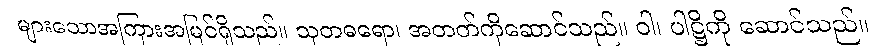
များသောအကြားအမြင်ရှိသည်။ သုတဓရော၊ အတတ်ကိုဆောင်သည်။ ဝါ၊ ပါဋ္ဌိကို ဆောင်သည်။